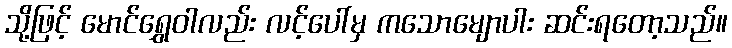
သို့ဖြင့် မောင်ရွှေဝါလည်း လင့်ပေါ်မှ ကသောမျောပါး ဆင်းရတော့သည်။